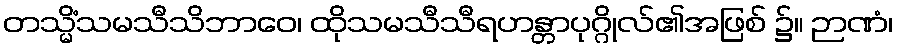
တသ္မိံသမသီသိဘာဝေ၊ ထိုသမသီသီရဟန္တာပုဂ္ဂိုလ်၏အဖြစ် ၌။ ဉာဏံ၊